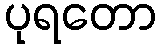
ပုရတော